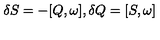
\delta S = - [ Q , \omega ] , \delta Q = [ S , \omega ] \label x